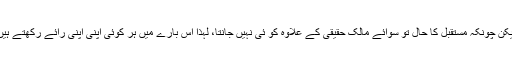
لیکن چونکہ مستقبل کا حال تو سوائے مالک حقیقی کے علاوہ کو ئی نہیں جانتا، لہذا اس بارے میں ہر کوئی اپنی اپنی رائے رکھتے ہیں۔